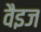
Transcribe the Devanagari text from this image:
वैइज